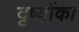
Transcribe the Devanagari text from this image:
दृष्योंका